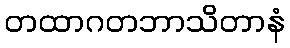
တထာဂတဘာသိတာနံ